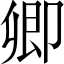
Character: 卿